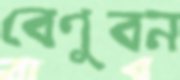
বেণুবন